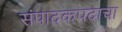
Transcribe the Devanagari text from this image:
संपादकपदाचा